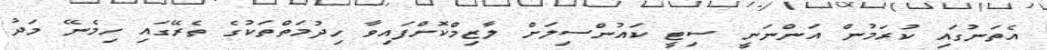
އެތަނުގައި ކުރަމުން އަންނަނީ ސިޓީ ކައުންސިލަށް ލާޒިމްކޮށްފައިވާ ހިދުމަތްތަކުގެ ތެރޭގައި ހިމެނޭ މަދު